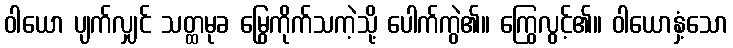
ဝါယော ပျက်လျှင် သတ္ထမုခ မြွေကိုက်သကဲ့သို့ ပေါက်ကွဲ၏။ ကြွေလွင့်၏။ ဝါယောနှံ့သော